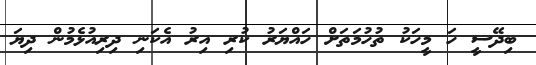
ބިދޭސީ ހަ މީހަކު ތުހުމަތަށް ހައްޔަރު ކުރި އިރު އެކަނި ދިރިއުޅެމުން ދިޔަ